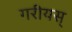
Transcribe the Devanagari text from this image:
गरीयस्‌